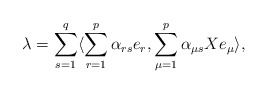
\begin{align*}\lambda= \sum_{s=1}^q\langle \sum_{r=1}^p \alpha_{rs} e_r,\sum_{\mu=1}^p \alpha_{\mu s} X e_{\mu}\rangle,\end{align*}